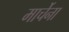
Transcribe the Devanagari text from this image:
मार्चेना